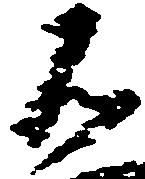
不